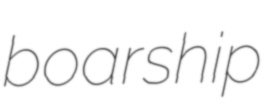
boarship